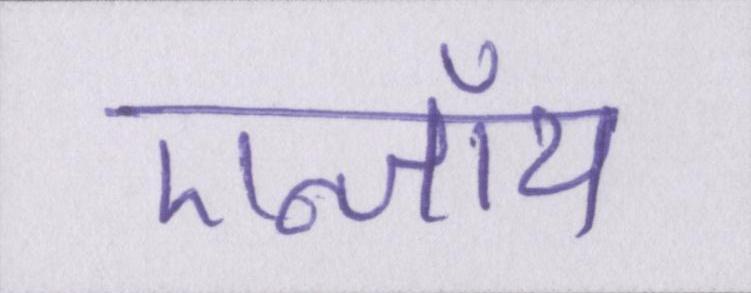
एन्जॉय